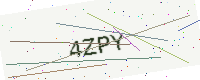
Text: 4ZPY